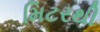
મિટરથી